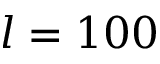
l = 1 0 0